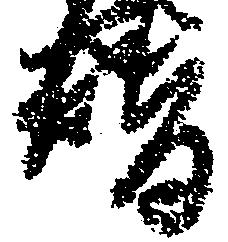
替